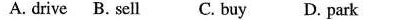
A. drive B. sell C. buy D. park